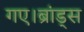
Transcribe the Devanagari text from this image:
गए।ब्रांड्स